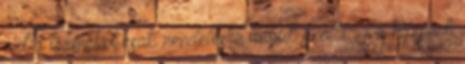
ezt a terméket csak rendelésre tudjuk szállítani a központi